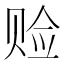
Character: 𫎨